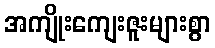
အကျိုးကျေးဇူးများစွာ